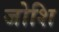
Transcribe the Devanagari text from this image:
जोशि